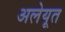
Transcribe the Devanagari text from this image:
अलेयूत